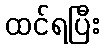
ထင်ရပြီး